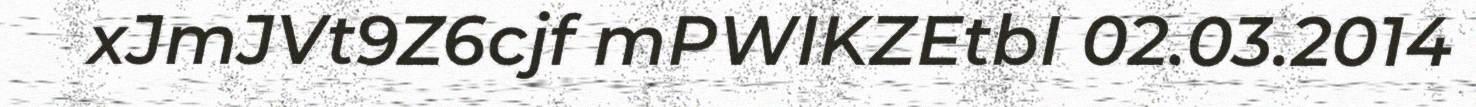
xJmJVt9Z6cjf mPWIKZEtbI 02.03.2014